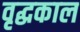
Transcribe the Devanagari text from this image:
वृद्धकाल